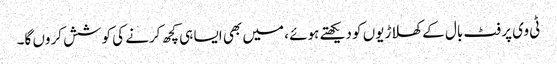
ٹی وی پر فٹ بال کے کھلاڑیوں کو دیکھتے ہوئے ، میں بھی ایسا ہی کچھ کرنے کی کوشش کروں گا۔